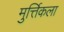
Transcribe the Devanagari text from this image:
मुर्त्तिकला